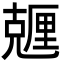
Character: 兣